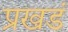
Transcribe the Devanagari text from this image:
प्रखडं